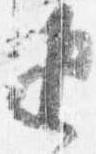
返